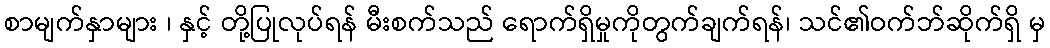
စာမျက်နှာများ ၊ နှင့် တို့ပြုလုပ်ရန် မီးစက်သည် ရောက်ရှိမှုကိုတွက်ချက်ရန်၊ သင်၏ဝက်ဘ်ဆိုက်ရှိ မှ